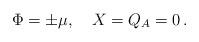
LaTeX: \begin{align*}\Phi = \pm \mu,~~~X=Q_A=0\, .\end{align*}